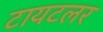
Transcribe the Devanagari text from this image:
टायटलर